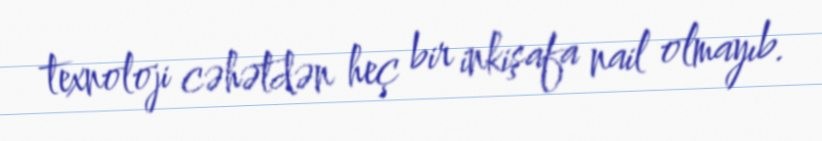
texnoloji cəhətdən heç bir inkişafa nail olmayıb.